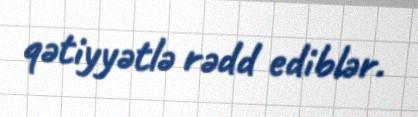
qətiyyətlə rədd ediblər.